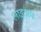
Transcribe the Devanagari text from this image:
लाइअप